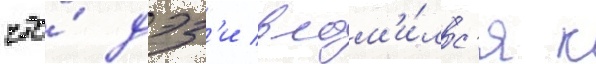
что́ дэз'и влом'и́лс'я к